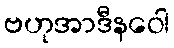
ဗဟုအာဒီနဝေါ